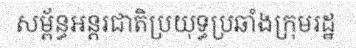
សម្ព័ន្ធអន្តរជាតិប្រយុទ្ធប្រឆាំងក្រុមរដ្ឋ